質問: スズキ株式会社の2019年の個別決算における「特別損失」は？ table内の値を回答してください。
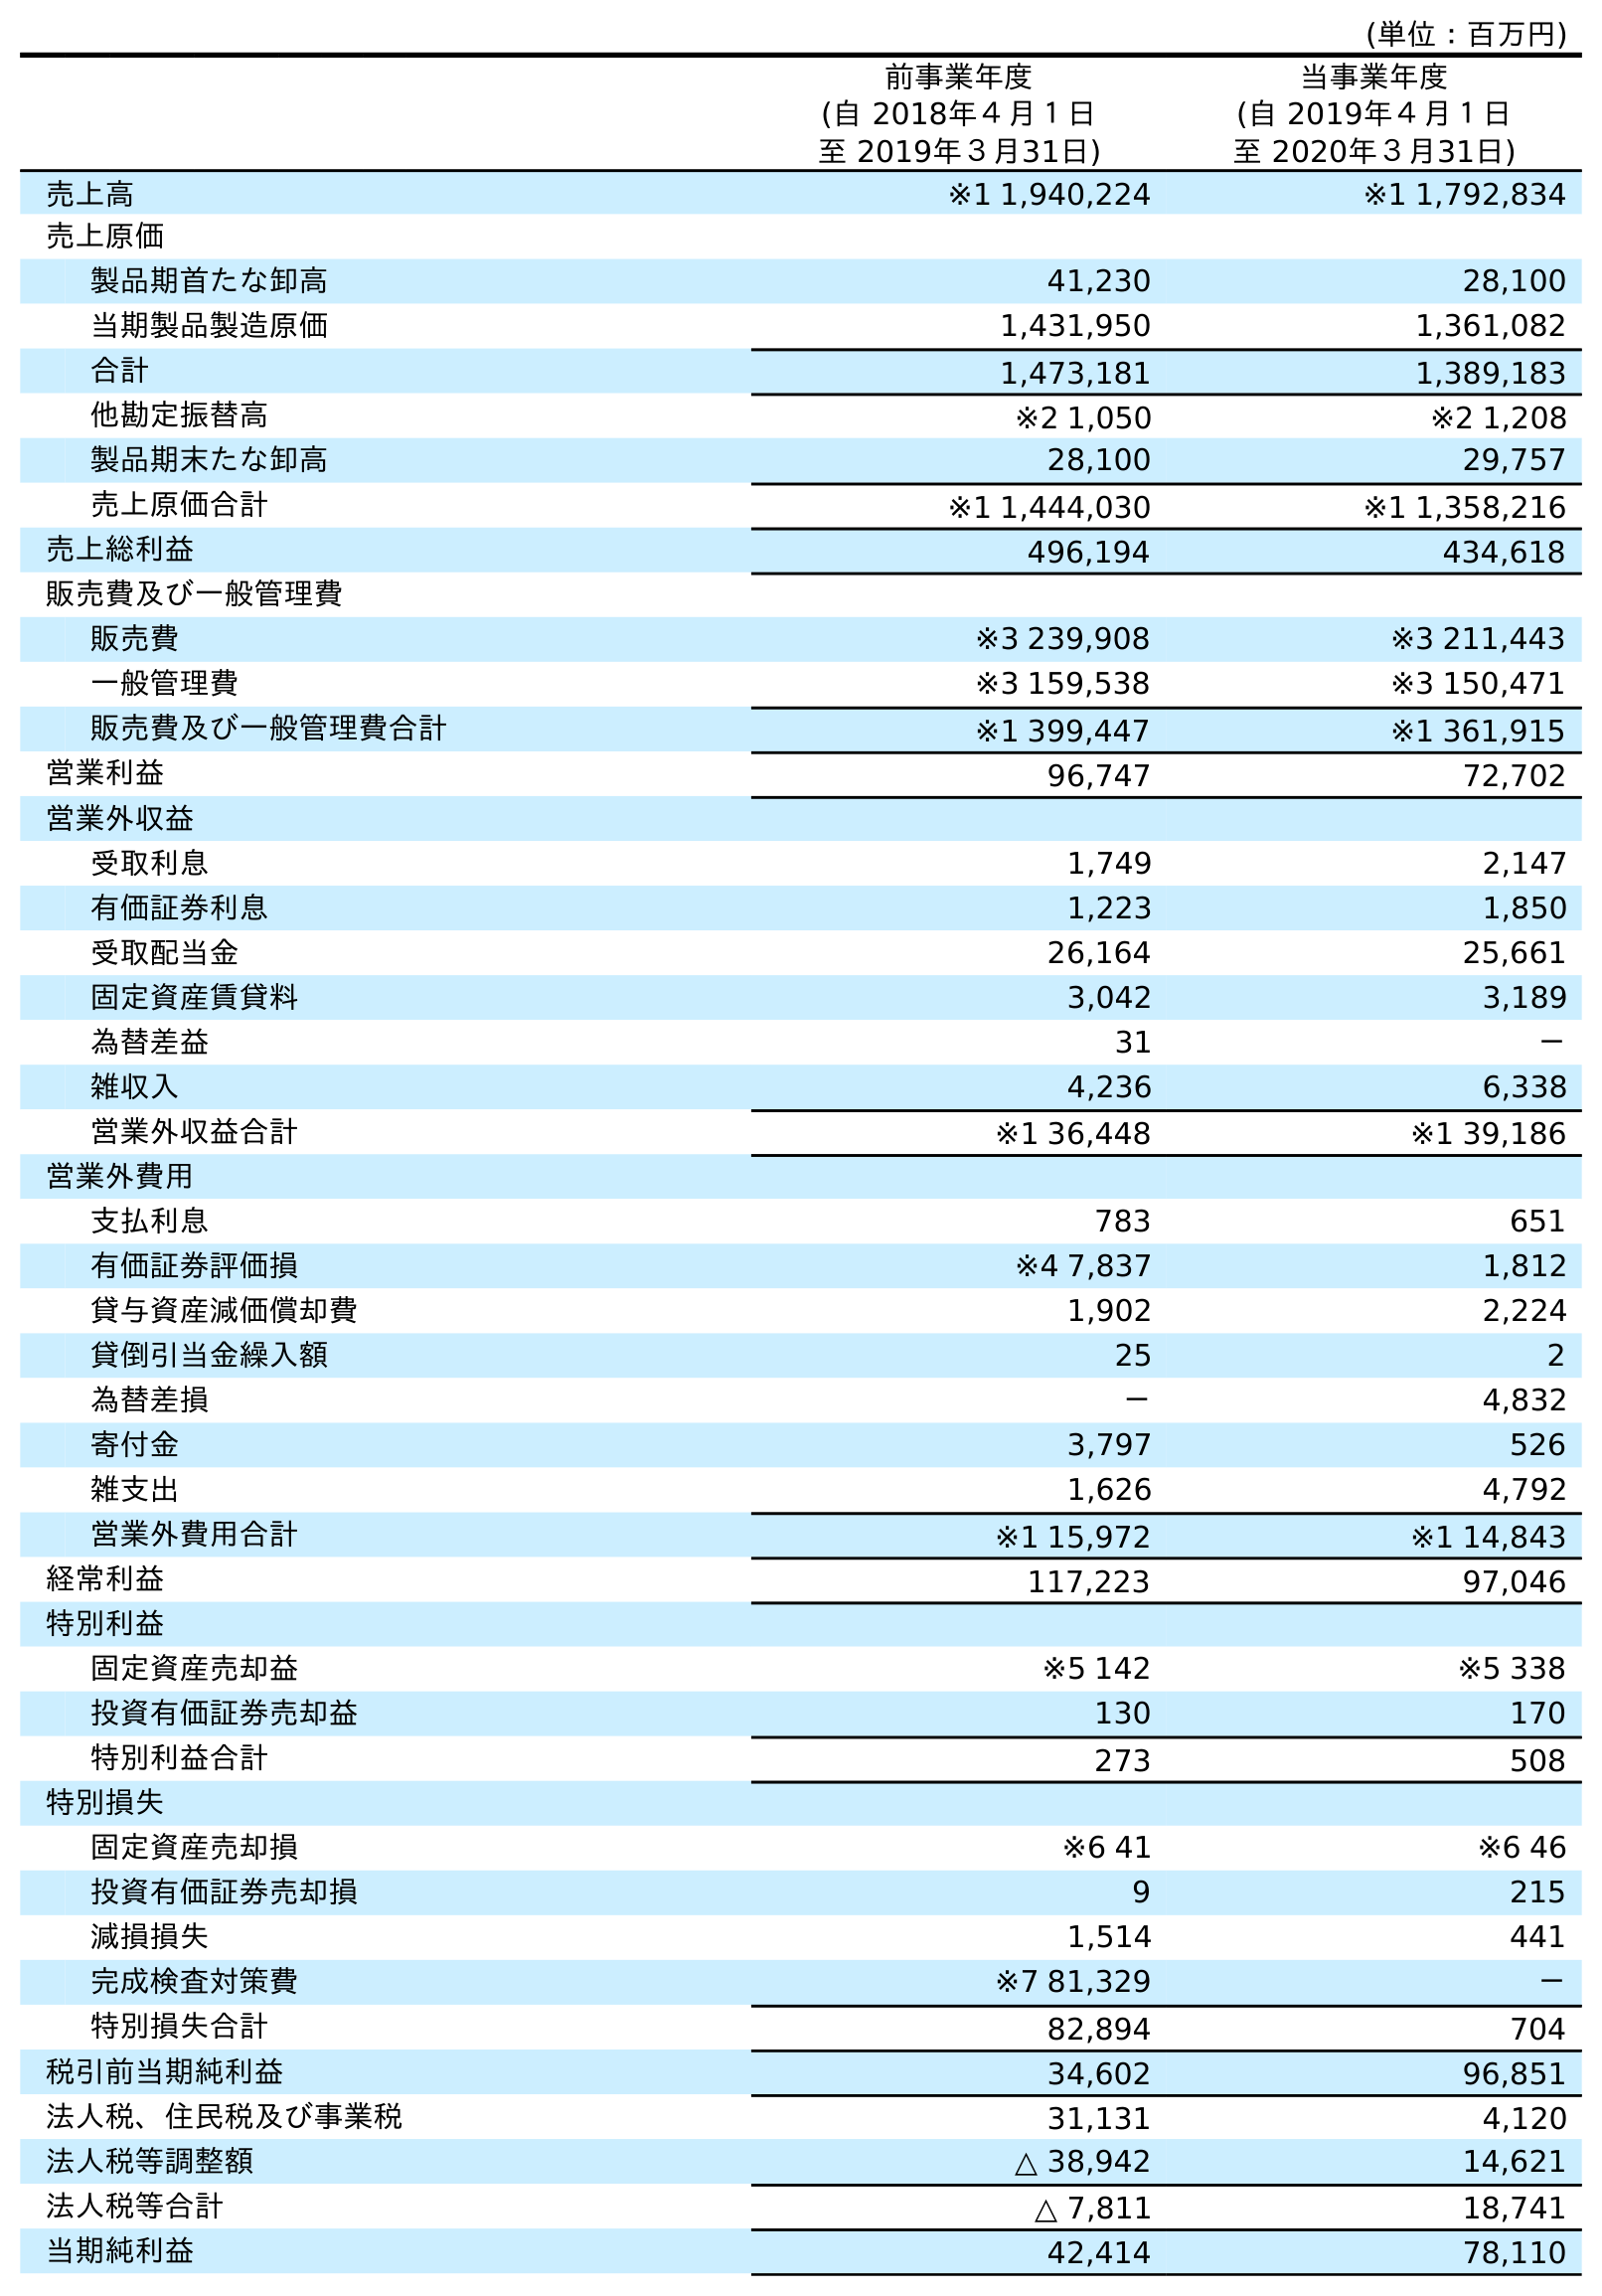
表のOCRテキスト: (単位：百万円) 前事業年度 (自 2018年４月１日 至 2019年３月31日) 当事業年度 (自 2019年４月１日 至 2020年３月31日) 売上高 ※1 1,940,224 ※1 1,792,834 売上原価 製品期首たな卸高 41,230 28,100 当期製品製造原価 1,431,950 1,361,082 合計 1,473,181 1,389,183 他勘定振替高 ※2 1,050 ※2 1,208 製品期末たな卸高 28,100 29,757 売上原価合計 ※1 1,444,030 ※1 1,358,216 売上総利益 496,194 434,618 販売費及び一般管理費 販売費 ※3 239,908 ※3 211,443 一般管理費 ※3 159,538 ※3 150,471 販売費及び一般管理費合計 ※1 399,447 ※1 361,915 営業利益 96,747 72,702 営業外収益 受取利息 1,749 2,147 有価証券利息 1,223 1,850 受取配当金 26,164 25,661 固定資産賃貸料 3,042 3,189 為替差益 31 － 雑収入 4,236 6,338 営業外収益合計 ※1 36,448 ※1 39,186 営業外費用 支払利息 783 651 有価証券評価損 ※4 7,837 1,812 貸与資産減価償却費 1,902 2,224 貸倒引当金繰入額 25 2 為替差損 － 4,832 寄付金 3,797 526 雑支出 1,626 4,792 営業外費用合計 ※1 15,972 ※1 14,843 経常利益 117,223 97,046 特別利益 固定資産売却益 ※5 142 ※5 338 投資有価証券売却益 130 170 特別利益合計 273 508 特別損失 固定資産売却損 ※6 41 ※6 46 投資有価証券売却損 9 215 減損損失 1,514 441 完成検査対策費 ※7 81,329 － 特別損失合計 82,894 704 税引前当期純利益 34,602 96,851 法人税、住民税及び事業税 31,131 4,120 法人税等調整額 △ 38,942 14,621 法人税等合計 △ 7,811 18,741 当期純利益 42,414 78,110
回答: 82,894